Manual of the Civil Veterinary Department, Central Provinces and Berar
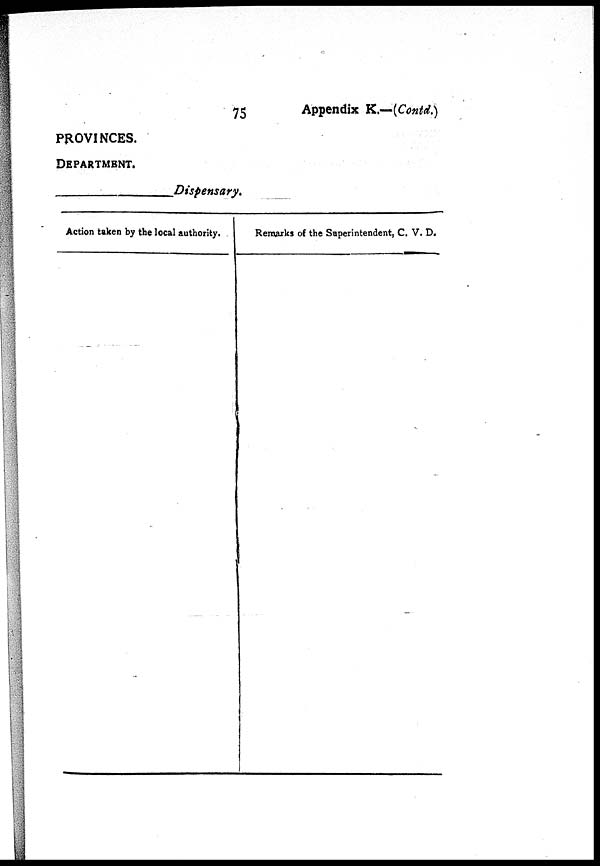
75
Appendix K.—(Contd.)
PROVINCES.
DEPARTMENT.
Dispensary.
Action taken by the local authority.
Remarks of the Superintendent, C. V. D.